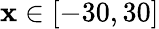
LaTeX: \mathbf{x}\in[-30,30]